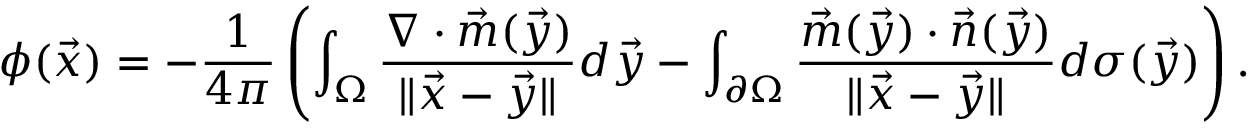
\phi ( \vec { x } ) = - \frac { 1 } { 4 \pi } \left( \int _ { \Omega } \frac { \nabla \cdot \vec { m } ( \vec { y } ) } { \| \vec { x } - \vec { y } \| } d \vec { y } - \int _ { \partial \Omega } \frac { \vec { m } ( \vec { y } ) \cdot \vec { n } ( \vec { y } ) } { \| \vec { x } - \vec { y } \| } d \sigma ( \vec { y } ) \right) .